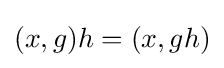
(x,g)h=(x,gh)